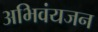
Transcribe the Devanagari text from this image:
अभिवंयजन